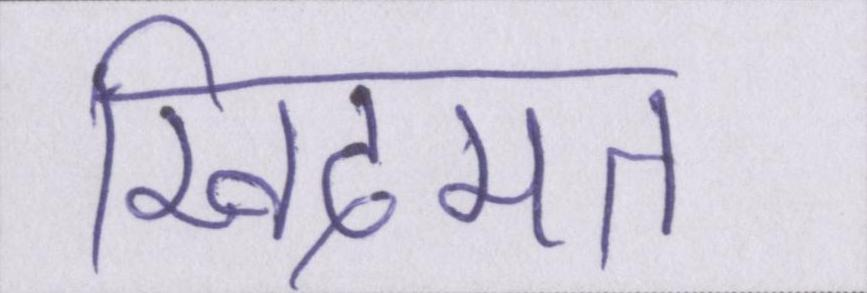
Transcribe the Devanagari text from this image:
खिदमत